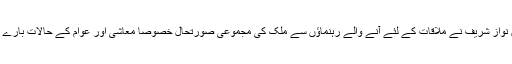
ذرائع کے مطابق نواز شریف نے ملاقات کے لئے آنے والے رہنماؤں سے ملک کی مجموعی صورتحال خصوصاً معاشی اور عوام کے حالات بارے آگاہی حاصل کی۔